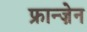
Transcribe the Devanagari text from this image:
फ्रान्ज़ेन